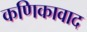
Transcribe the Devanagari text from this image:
कणिकावाद